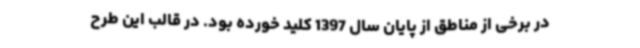
در برخی از مناطق از پایان سال 1397 کلید خورده بود. در قالب این طرح